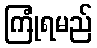
ကြုံရမည်